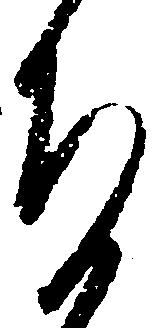
ち